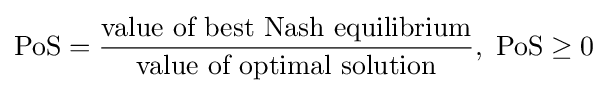
{\text{PoS}}={\frac {\text{value of best Nash equilibrium}}{\text{value of optimal solution}}},\ {\text{PoS}}\geq 0